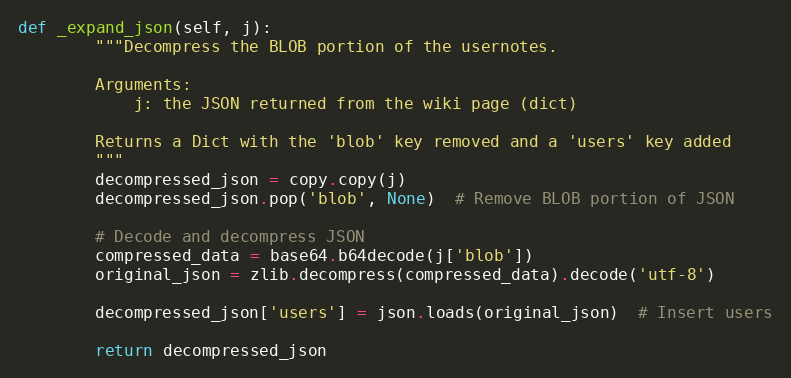
Language: Python
def _expand_json(self, j):
        """Decompress the BLOB portion of the usernotes.

        Arguments:
            j: the JSON returned from the wiki page (dict)

        Returns a Dict with the 'blob' key removed and a 'users' key added
        """
        decompressed_json = copy.copy(j)
        decompressed_json.pop('blob', None)  # Remove BLOB portion of JSON

        # Decode and decompress JSON
        compressed_data = base64.b64decode(j['blob'])
        original_json = zlib.decompress(compressed_data).decode('utf-8')

        decompressed_json['users'] = json.loads(original_json)  # Insert users

        return decompressed_json